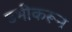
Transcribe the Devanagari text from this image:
उभीकरून